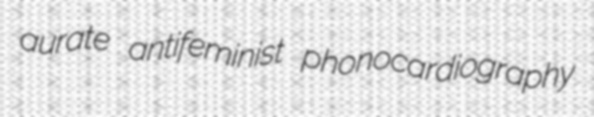
aurate antifeminist phonocardiography